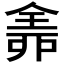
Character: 𠓴